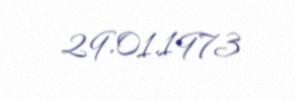
29.01.1973